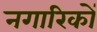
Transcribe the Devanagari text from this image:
नगारिकों